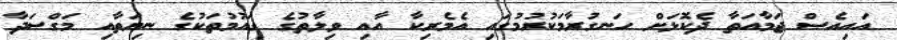
އައިއެސް ޖަމާއަތާ ދެކޮޅަށް ހަނގުރާމަކުރުމުގައި އެމެރިކާ އާއި ވިލާތުގެ ގައުމުތަކުގެ ނިޔަތާއި މަގްސަދާ